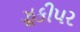
ઝૂકીપર